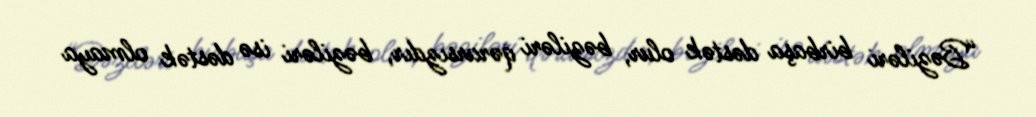
“Bəziləri birbaşa dəstək olur, bəziləri qərarsızdır, bəziləri isə dəstək olmaya